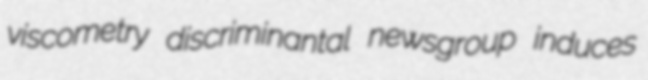
viscometry discriminantal newsgroup induces